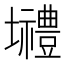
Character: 𡓾